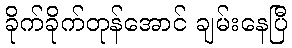
ခိုက်ခိုက်တုန်အောင် ချမ်းနေပြီ